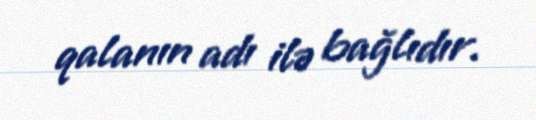
qalanın adı ilə bağlıdır.